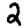
Digit: 2